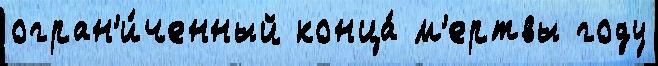
огран'и́ченный конца́ м'ертвы году